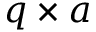
q \times a